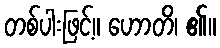
တစ်ပါးဖြင့်။ ဟောတိ၊ ၏။